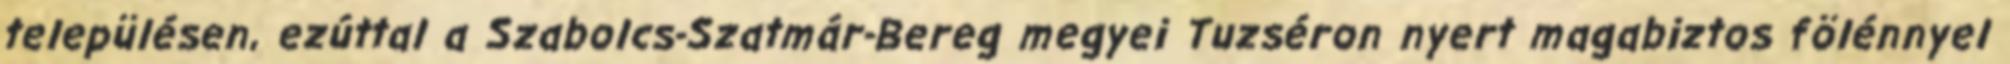
településen, ezúttal a Szabolcs-Szatmár-Bereg megyei Tuzséron nyert magabiztos fölénnyel